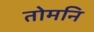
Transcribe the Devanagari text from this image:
तोमनि